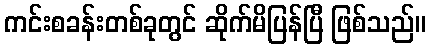
ကင်းစခန်းတစ်ခုတွင် ဆိုက်မိပြန်ပြီ ဖြစ်သည်။